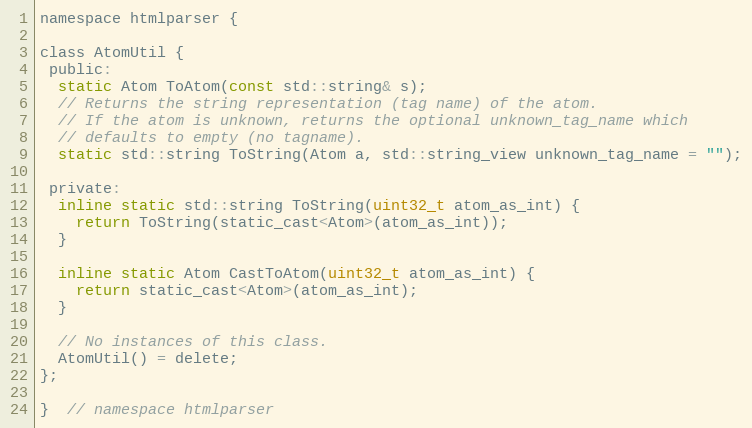
Language: C
namespace htmlparser {

class AtomUtil {
 public:
  static Atom ToAtom(const std::string& s);
  // Returns the string representation (tag name) of the atom.
  // If the atom is unknown, returns the optional unknown_tag_name which
  // defaults to empty (no tagname).
  static std::string ToString(Atom a, std::string_view unknown_tag_name = "");

 private:
  inline static std::string ToString(uint32_t atom_as_int) {
    return ToString(static_cast<Atom>(atom_as_int));
  }

  inline static Atom CastToAtom(uint32_t atom_as_int) {
    return static_cast<Atom>(atom_as_int);
  }

  // No instances of this class.
  AtomUtil() = delete;
};

}  // namespace htmlparser